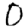
Digit: 0